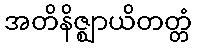
အတိနိဇ္ဈာယိတတ္တံ